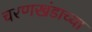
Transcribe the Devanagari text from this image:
चरणखंडाच्या